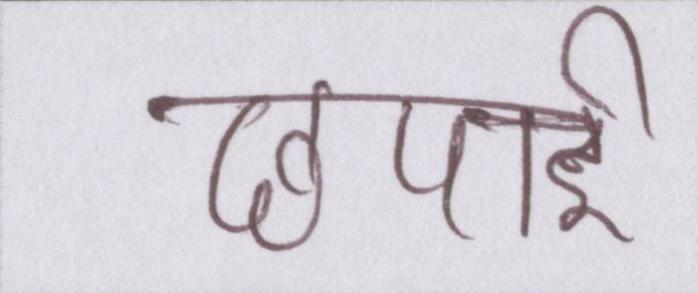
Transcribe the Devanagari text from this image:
छपाई